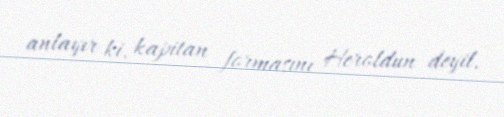
anlayır ki, kapitan formasını Heroldun deyil.